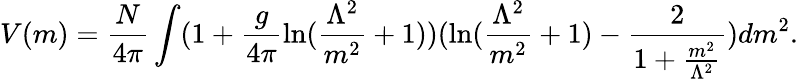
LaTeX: V(m)=\frac{N}{4\pi}\int(1+\frac{g}{4\pi}\mathrm{ln}(\frac{\Lambda^{2}}{m^{2}}+1))(\mathrm{ln}(\frac{\Lambda^{2}}{m^{2}}+1)-\frac{2}{1+\frac{m^{2}}{\Lambda^{2}}})dm^{2}.